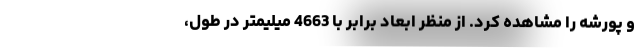
و پورشه را مشاهده کرد. از منظر ابعاد برابر با 4663 میلیمتر در طول،